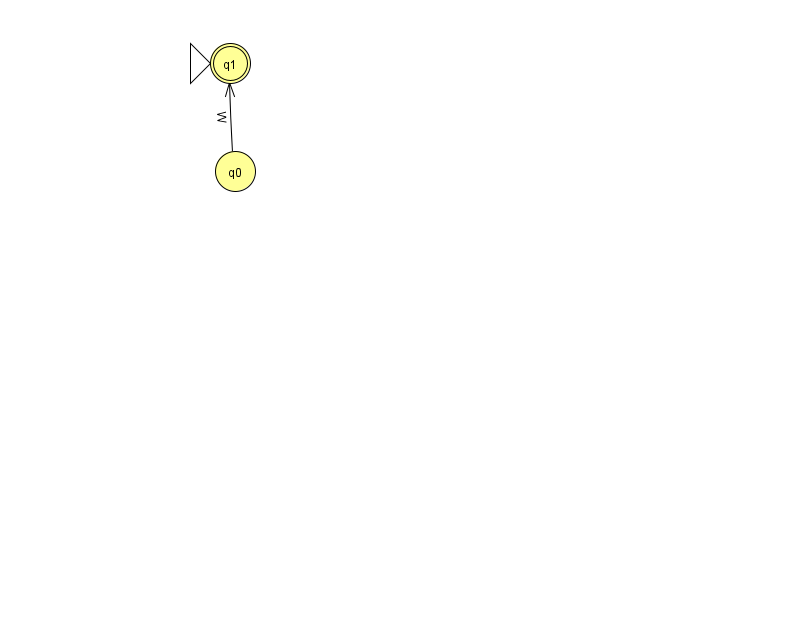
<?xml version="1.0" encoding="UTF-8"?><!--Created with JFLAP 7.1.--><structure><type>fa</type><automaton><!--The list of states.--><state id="0" name="q0"><x>235.0</x><y>158.0</y></state><state id="1" name="q1"><x>230.0</x><y>50.0</y><initial/><final/></state><!--The list of transitions.--><transition><from>0</from><to>1</to><read>W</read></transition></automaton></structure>